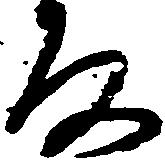
な